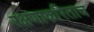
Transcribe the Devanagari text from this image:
रक्षणाकरिताच